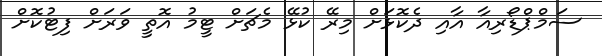
ސަމްޕްޑޯރިއާ އާއި ދެކޮޅަށް މިރޭ ކުޅޭ މެޗަށް ޓީމު އޮތީ ވަރަށް ފިޓުކޮށް